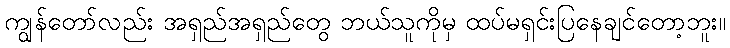
ကျွန်တော်လည်း အရှည်အရှည်တွေ ဘယ်သူကိုမှ ထပ်မရှင်းပြနေချင်တော့ဘူး။